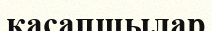
қасапшылар